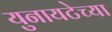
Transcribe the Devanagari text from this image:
युनायटेच्या